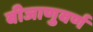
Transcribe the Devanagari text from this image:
बीजाणुवर्ण